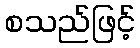
စသည်ဖြင့်